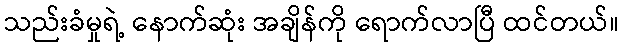
သည်းခံမှုရဲ့ နောက်ဆုံး အချိန်ကို ရောက်လာပြီ ထင်တယ်။